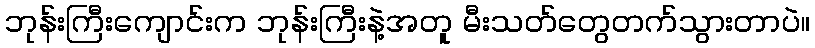
ဘုန်းကြီးကျောင်းက ဘုန်းကြီးနဲ့အတူ မီးသတ်တွေတက်သွားတာပဲ။